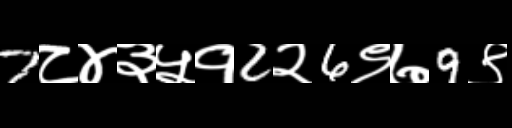
Text: 7८४३५१2२6९७9९